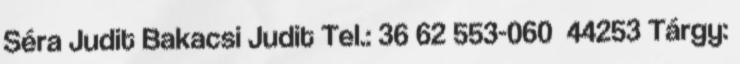
Séra Judit Bakacsi Judit Tel.: 36 62 553-060 44253 Tárgy: